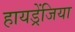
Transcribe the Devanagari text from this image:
हायड्रेंजिया